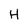
Character: H